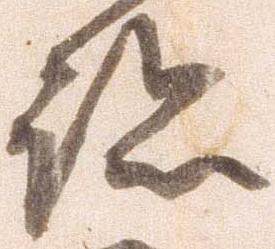
跡